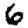
Digit: 6